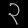
Digit: ၃